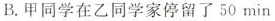
B.甲同学在乙同学家停留了50min